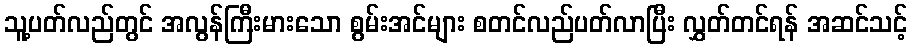
သူ့ပတ်လည်တွင် အလွန်ကြီးမားသော စွမ်းအင်များ စတင်လည်ပတ်လာပြီး လွှတ်တင်ရန် အဆင်သင့်